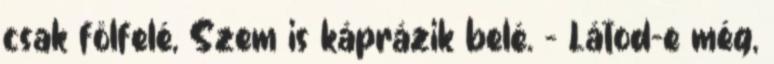
csak fölfelé, Szem is káprázik belé. - Látod-e még,